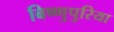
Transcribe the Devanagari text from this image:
बिष्णुपुरिया